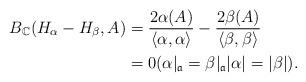
LaTeX: \begin{align*}B_\mathbb{C} (H_{\alpha} - H_{\beta}, A) &= \frac{2\alpha(A)}{\langle \alpha, \alpha \rangle} - \frac{2\beta(A)}{\langle \beta, \beta \rangle} \\&= 0 ( \alpha|_\mathfrak{a} = \beta|_\mathfrak{a} |\alpha| = |\beta|).\end{align*}